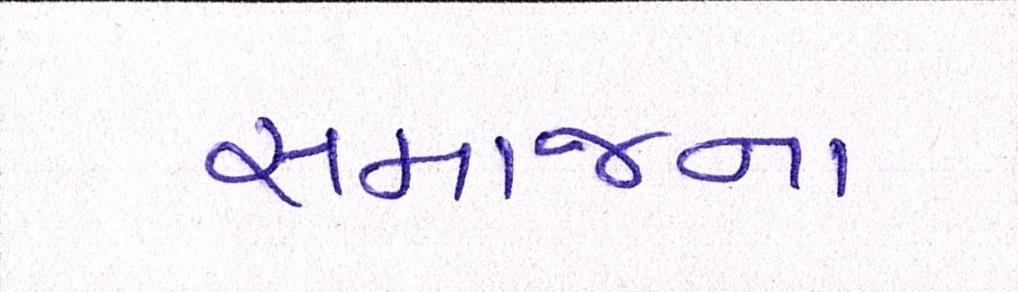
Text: સમાજના